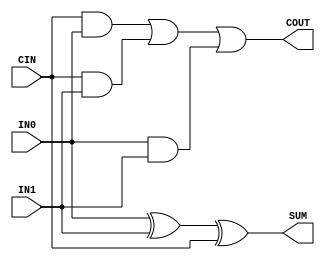
module FADDER
( 
  IN0, 
  IN1, 
  CIN, 
  COUT, 
  SUM 
);
  input IN0, IN1, CIN;
  output COUT, SUM;
  assign SUM  = IN0^IN1^CIN;
  assign COUT = ((CIN&IN0)|(CIN&IN1)|(IN0&IN1));
endmodule